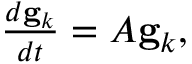
\begin{array} { r } { \frac { d \mathbf { g } _ { k } } { d t } = A \mathbf { g } _ { k } , } \end{array}